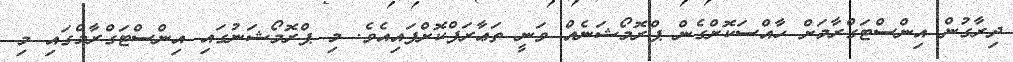
ދިރާގުން އިންސްޓަގްރާމަށް ހާއްސަކޮށްގެން ޕްރޮމޯޝަނެއް ވަނީ ތަޢާރަފްކޮށްފައިއެވެ. މި ޕްރޮމޯޝަނުގައި އިންސްޓަގްރާމްގައި މި